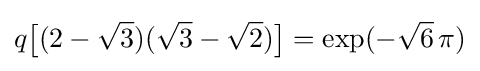
q{\bigl [}(2-{\sqrt {3}})({\sqrt {3}}-{\sqrt {2}}){\bigr ]}=\exp(-{\sqrt {6}}\,\pi )